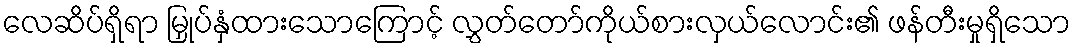
လေဆိပ်ရှိရာ မြှုပ်နှံထားသောကြောင့် လွှတ်တော်ကိုယ်စားလှယ်လောင်း၏ ဖန်တီးမှုရှိသော